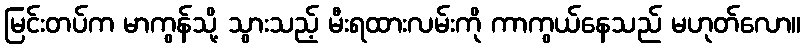
မြင်းတပ်က မာကွန်သို့ သွားသည့် မီးရထားလမ်းကို ကာကွယ်နေသည် မဟုတ်လော။